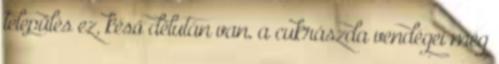
település ez, késő délután van, a cukrászda vendégei még